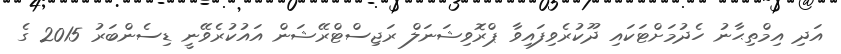
އަދި އިމްތިޙާނު ހެދުމަށްޓަކައި ދޫކުރެވިފައިވާ ޕްރޮވިޝަނަލް ރަޖިސްޓްރޭޝަން އައުކުރެވޭނީ ޑިސެންބަރު 2015 ގެ